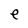
Character: e